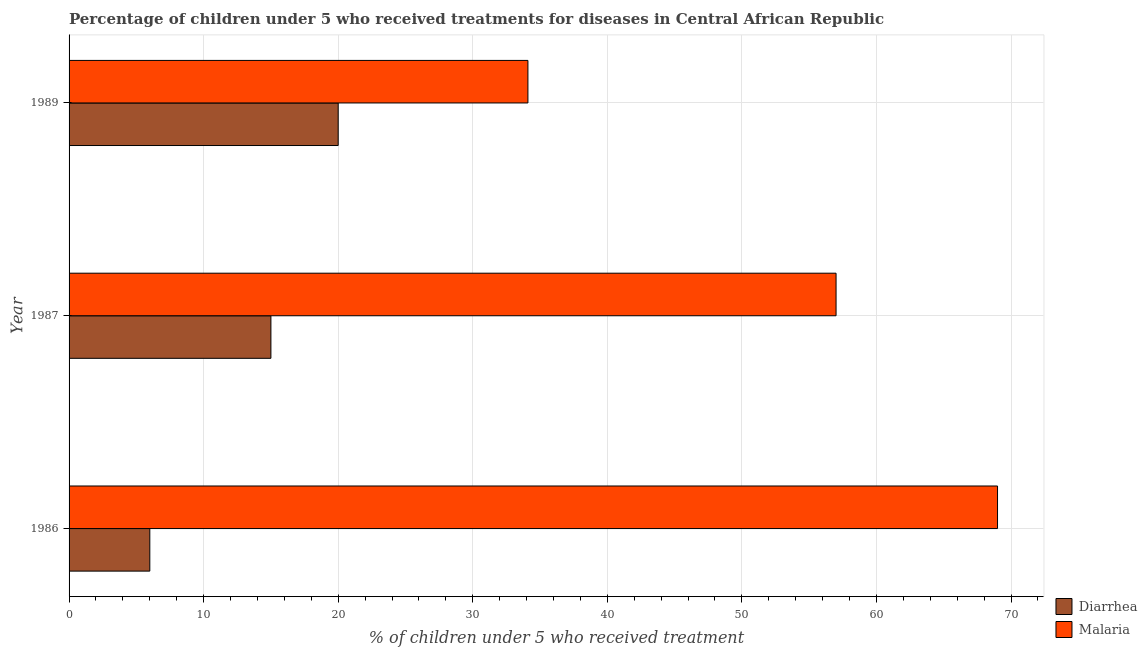
| Year | Diarrhea | Malaria |
 | --- | --- | --- |
 | 1986 | 6 | 69 |
 | 1987 | 15 | 57 |
 | 1989 | 20 | 34.1 |